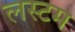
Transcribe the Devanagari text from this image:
लस्टम